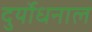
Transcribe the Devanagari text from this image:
दुर्योधनाल